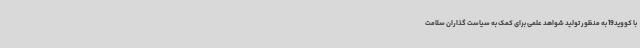
با کووید19 به منظور تولید شواهد علمی برای کمک به سیاست گذاران سلامت